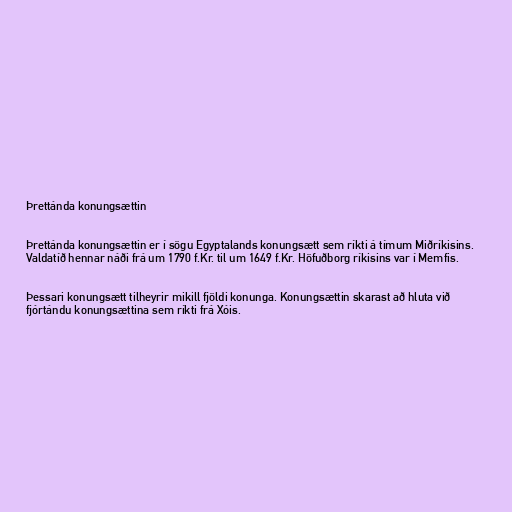
Þrettánda konungsættin

Þrettánda konungsættin er í sögu Egyptalands konungsætt sem ríkti á tímum Miðríkisins.
Valdatíð hennar náði frá um 1790 f.Kr. til um 1649 f.Kr. Höfuðborg ríkisins var í Memfis.

Þessari konungsætt tilheyrir mikill fjöldi konunga. Konungsættin skarast að hluta við
fjórtándu konungsættina sem ríkti frá Xóis.